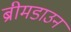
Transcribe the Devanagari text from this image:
ब्रीमडाउन